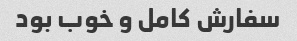
سفارش کامل و خوب بود